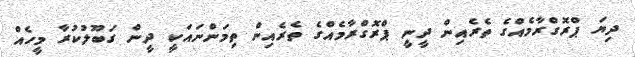
ދިޔަ ޕްރޮގްރާމެއްގެ ތެރެއިން ދީނީ ޕްރޮގްރާމެއްގެ ތެރެއިން ތިމަންނައަކީ ދީން ގަބޫލުކުރާ މީހެއް